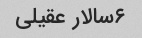
۶سالار عقیلی